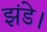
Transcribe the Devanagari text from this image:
झंडे।